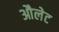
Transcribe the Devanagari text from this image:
औलेट